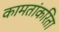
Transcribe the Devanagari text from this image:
कामतांकरिता